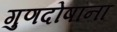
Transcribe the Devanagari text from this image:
गुणदोषांना